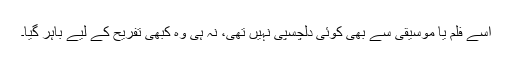
اسے فلم یا موسیقی سے بھی کوئی دلچسپی نہیں تھی، نہ ہی وہ کبھی تفریح کے لیے باہر گیا۔